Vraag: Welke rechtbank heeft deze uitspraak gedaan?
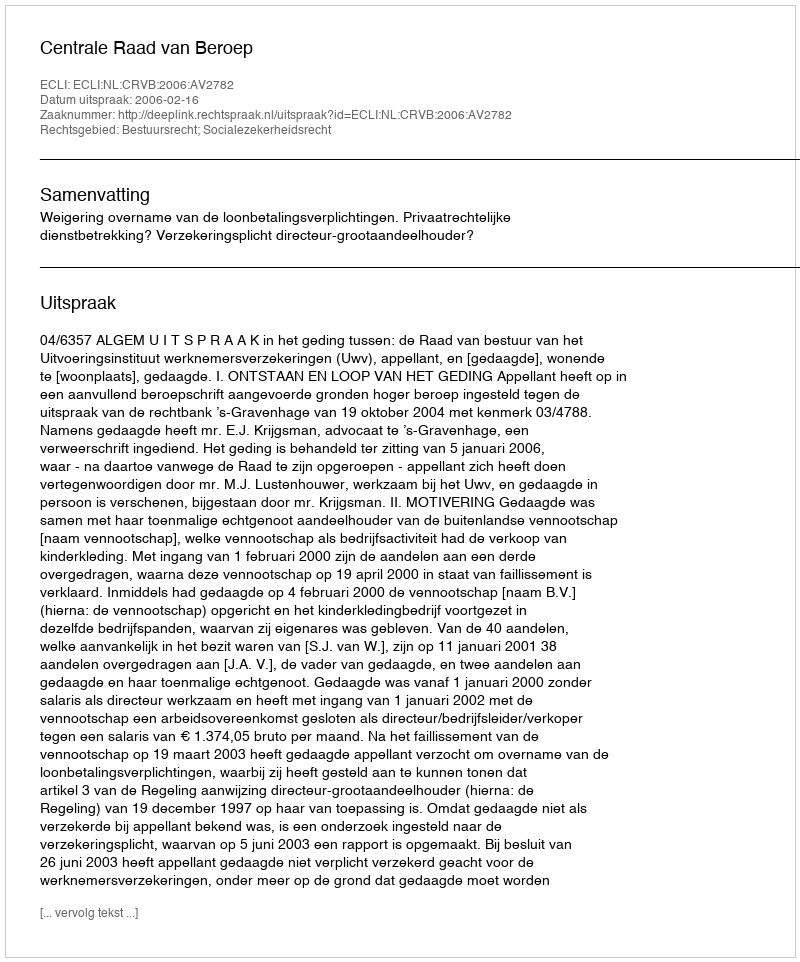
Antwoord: Centrale Raad van Beroep